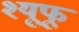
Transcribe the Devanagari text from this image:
श्यूफू